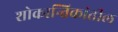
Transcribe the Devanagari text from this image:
शोकान्तिकांतील